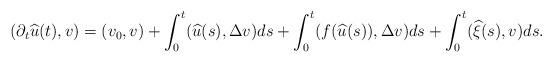
LaTeX: \begin{align*}(\partial_t \widehat{u}(t),v)=(v_0,v)+\int_0^t (\widehat{u}(s), \Delta v)ds+\int_0^t (f(\widehat{u}(s)), \Delta v)ds+\int_0^t (\widehat{\xi}(s), v)ds.\end{align*}